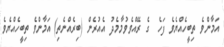
އަމާންވެ ތިބީހެއްޔެވެ ފަހެ  ގެ ރޭއްވެވުމާމެދު އެއުރެން (ބިރެއްނެތި) އަމާންވެ ތިބީހެއްޔެވެ